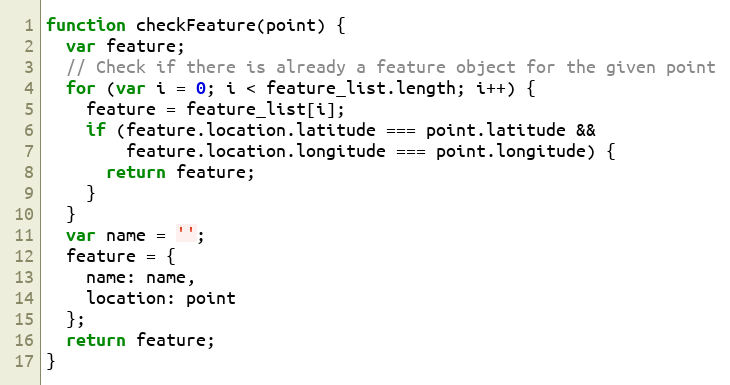
Language: JavaScript
function checkFeature(point) {
  var feature;
  // Check if there is already a feature object for the given point
  for (var i = 0; i < feature_list.length; i++) {
    feature = feature_list[i];
    if (feature.location.latitude === point.latitude &&
        feature.location.longitude === point.longitude) {
      return feature;
    }
  }
  var name = '';
  feature = {
    name: name,
    location: point
  };
  return feature;
}